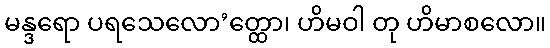
မန္ဒရော ပရသေလော’တ္ထော၊ ဟိမဝါ တု ဟိမာစလော။